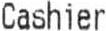
CASHIER